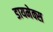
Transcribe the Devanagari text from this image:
डायमेक्स